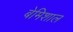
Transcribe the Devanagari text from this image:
बेमिशाल